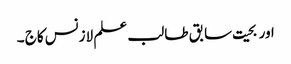
اور بحیت سابق طا لب علم لازنس کاج ۔